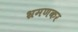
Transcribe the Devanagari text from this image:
भ्रमणकर